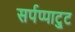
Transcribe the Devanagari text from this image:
सर्पप्पाट्टु